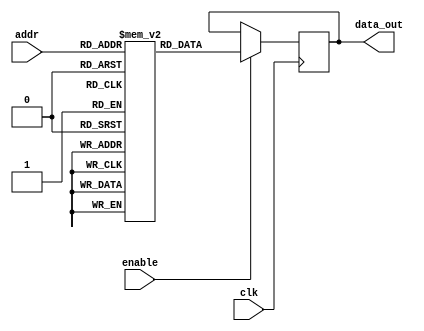
module parameterized_rom #(
    parameter DATA_WIDTH = 8,    // Number of bits in each data word
    parameter ADDR_WIDTH = 4      // Number of bits for addressing the ROM locations
)(
    input wire [ADDR_WIDTH-1:0] addr,     // Address input
    input wire clk,                       // Clock input for synchronous behavior
    input wire enable,                    // Enable signal to control ROM access
    output reg [DATA_WIDTH-1:0] data_out  // Data output
);

// Memory initialization
reg [DATA_WIDTH-1:0] rom [(2**ADDR_WIDTH)-1:0];

// Initialize ROM with predefined values
initial begin
    // Example initialization values; you can modify these as needed
    rom[0] = 8'h00;
    rom[1] = 8'h01;
    rom[2] = 8'h02;
    rom[3] = 8'h03;
    rom[4] = 8'h04;
    rom[5] = 8'h05;
    rom[6] = 8'h06;
    rom[7] = 8'h07;
    // Add more initialization values as needed
end

// Synchronous read operation
always @(posedge clk) begin
    if (enable) begin
        data_out <= rom[addr]; // Read data from ROM at the specified address
    end
end

endmodule